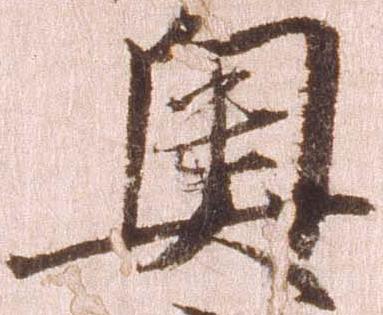
奥